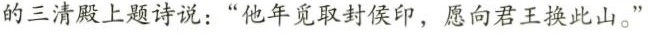
的三清殿上题诗说：”他年觅取封侯印，愿向君王换此山。